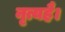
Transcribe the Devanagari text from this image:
नृत्यहै।